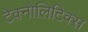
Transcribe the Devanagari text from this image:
टेक्नोलिटिक्स